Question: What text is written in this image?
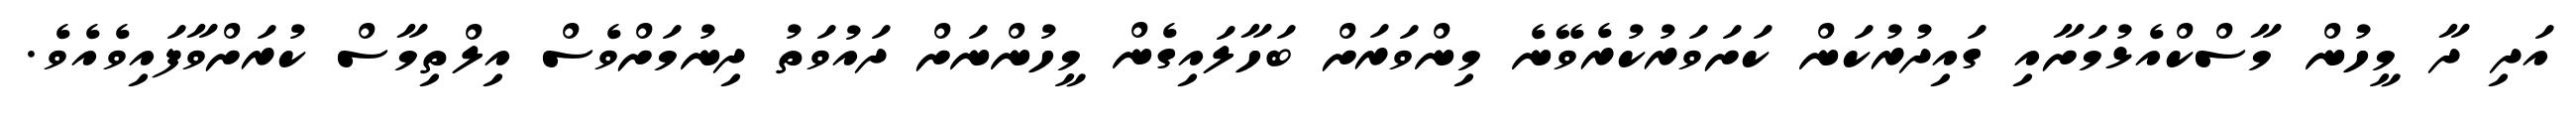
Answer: އަދި ދާ މީހުން މާސްކްއެޅުމަށާއި ގައިދުރުކަން ކަށަވަރުކުރެވޭނެ މިންވަރަށް ބަހާލައިގެން މީހުންނަށް ދައުވަތު ދިނުމަށްވެސް އިލްތިމާސް ކުރަށްވާފައިވެއެވެ.